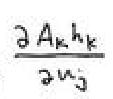
$\frac{\partial A_{k} h_{k}}{\partial u_{j}}$